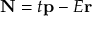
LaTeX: \mathbf { N } = t \mathbf { p } - E \mathbf { r }